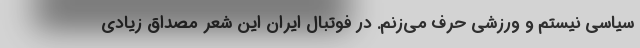
سیاسی نیستم و ورزشی حرف می‌زنم. در فوتبال ایران این شعر مصداق زیادی